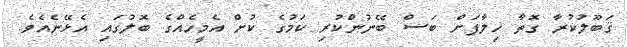
ޤަބޫލުކުރާ ގޮތާ ޚިލާފަށް ބަސް ބޭނުންކުރި ކަމުގެ ކުށް އެމީހެއްގެ ބޮލުގައި އެޅޭނެއެވެ.